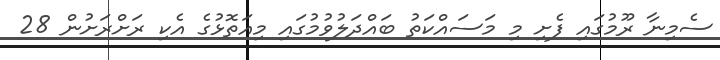
ސެމިނާ ރޫމުގައި ފެށި މި މަސައްކަތު ބައްދަލުވުމުގައި މިއަތޮޅުގެ އެކި ރަށްރަށުން 28